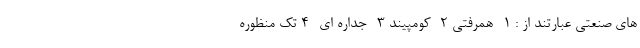
های صنعتی عبارتند از : 1- همرفتی 2- کومپیند 3- جداره ای -4 تک منظوره